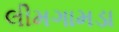
લીમગામડા